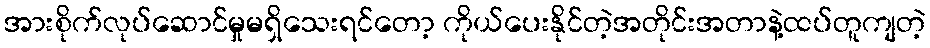
အားစိုက်လုပ်ဆောင်မှုမရှိသေးရင်တော့ ကိုယ်ပေးနိုင်တဲ့အတိုင်းအတာနဲ့ထပ်တူကျတဲ့